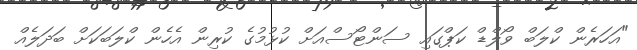
"އަހަރެން ކްލަބް ވޯލްޑް ކަޕްގައި ސަންޓޯސްއަށް ކުޅުމުގެ ކުރިން އެހެން ކްލަބަކަށް ބަދަލެއް